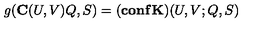
g ( { \bf C } ( U , V ) Q , S ) = ( { \bf c o n f } { \bf K } ) ( U , V ; Q , S )